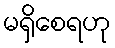
မရှိစေရဟု